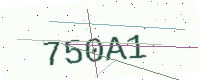
Text: 750A1